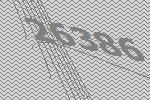
26386